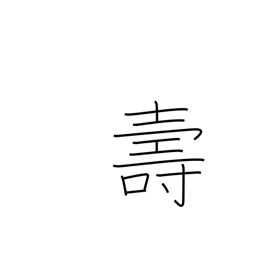
Meaning: longevity